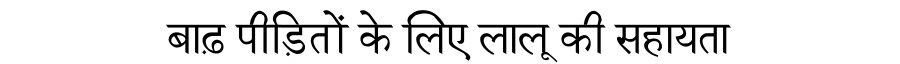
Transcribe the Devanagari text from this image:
बाढ़ पीड़ितों के लिए लालू की सहायता